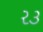
ર૩